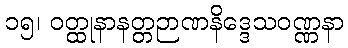
၁၅၊ ဝတ္ထုနာနတ္တဉာဏနိဒ္ဒေသဝဏ္ဏနာ